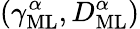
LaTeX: (\gamma_{\mathrm{ML}}^{\alpha},D_{\mathrm{ML}}^{\alpha})